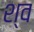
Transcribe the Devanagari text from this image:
श्‍व